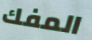
المفك